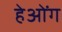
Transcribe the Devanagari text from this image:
हेओंग